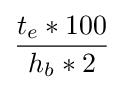
{\frac {t_{e}*100}{h_{b}*2}}